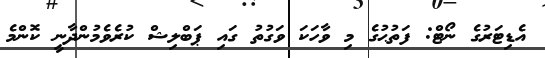
އެޑިޓަރުގެ ނޯޓް: ފަތުޙުގެ މި ވާހަކަ ވަގުތު ގައި ޕަބްލިޝް ކުރެވެމުންދާނީ ކޮންމެ